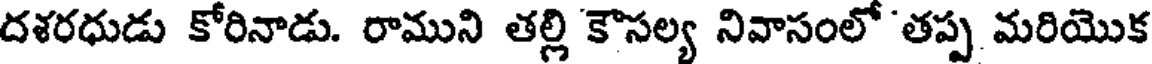
దళరధుడు కోరినాడు. రాముని తల్లి కౌసల్య నివాసంలో 'తప్ప మరియొక